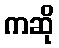
ကဆို